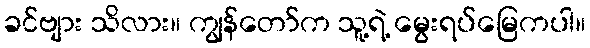
ခင်ဗျား သိလား။ ကျွန်တော်က သူ့ရဲ့ မွေးရပ်မြေကပါ။